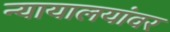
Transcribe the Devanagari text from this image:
न्यायालयांवर